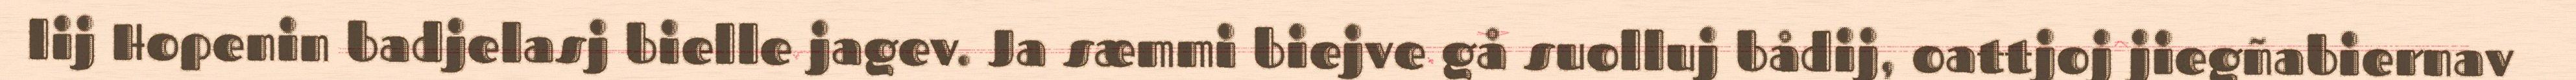
lij Hopenin badjelasj bielle jagev. Ja sæmmi biejve gå suolluj bådij, oattjoj jiegñabiernav